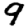
Digit: 9